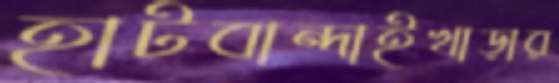
হাটবান্দাইখাড়ার